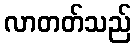
လာတတ်သည်